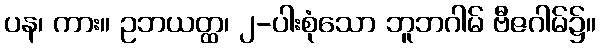
ပန၊ ကား။ ဥဘယတ္ထ၊ ၂-ပါးစုံသော ဘူဘဂါမ် ဗီဇဂါမ်၌။